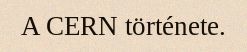
A CERN története.